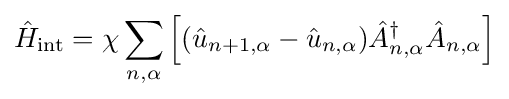
{\hat {H}}_{\text{int}}=\chi \sum _{n,\alpha }\left[({\hat {u}}_{n+1,\alpha }-{\hat {u}}_{n,\alpha }){\hat {A}}_{n,\alpha }^{\dagger }{\hat {A}}_{n,\alpha }\right]